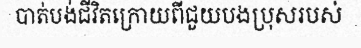
បាត់បង់ជីវិតក្រោយពីជួយបងប្រុសរបស់